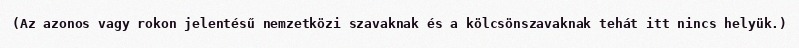
(Az azonos vagy rokon jelentésű nemzetközi szavaknak és a kölcsönszavaknak tehát itt nincs helyük.)